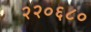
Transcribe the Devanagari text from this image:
२२०६८०